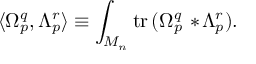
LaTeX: \langle \Omega _ { p } ^ { q } , \Lambda _ { p } ^ { r } \rangle \equiv \int _ { { \cal M } _ { n } } \mathrm { t r } \, ( \Omega _ { p } ^ { q } \, * \! \Lambda _ { p } ^ { r } ) .